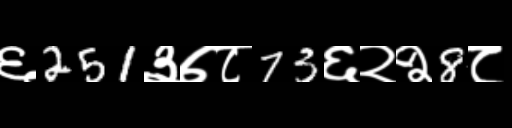
Text: ६251३७८73६२२8८